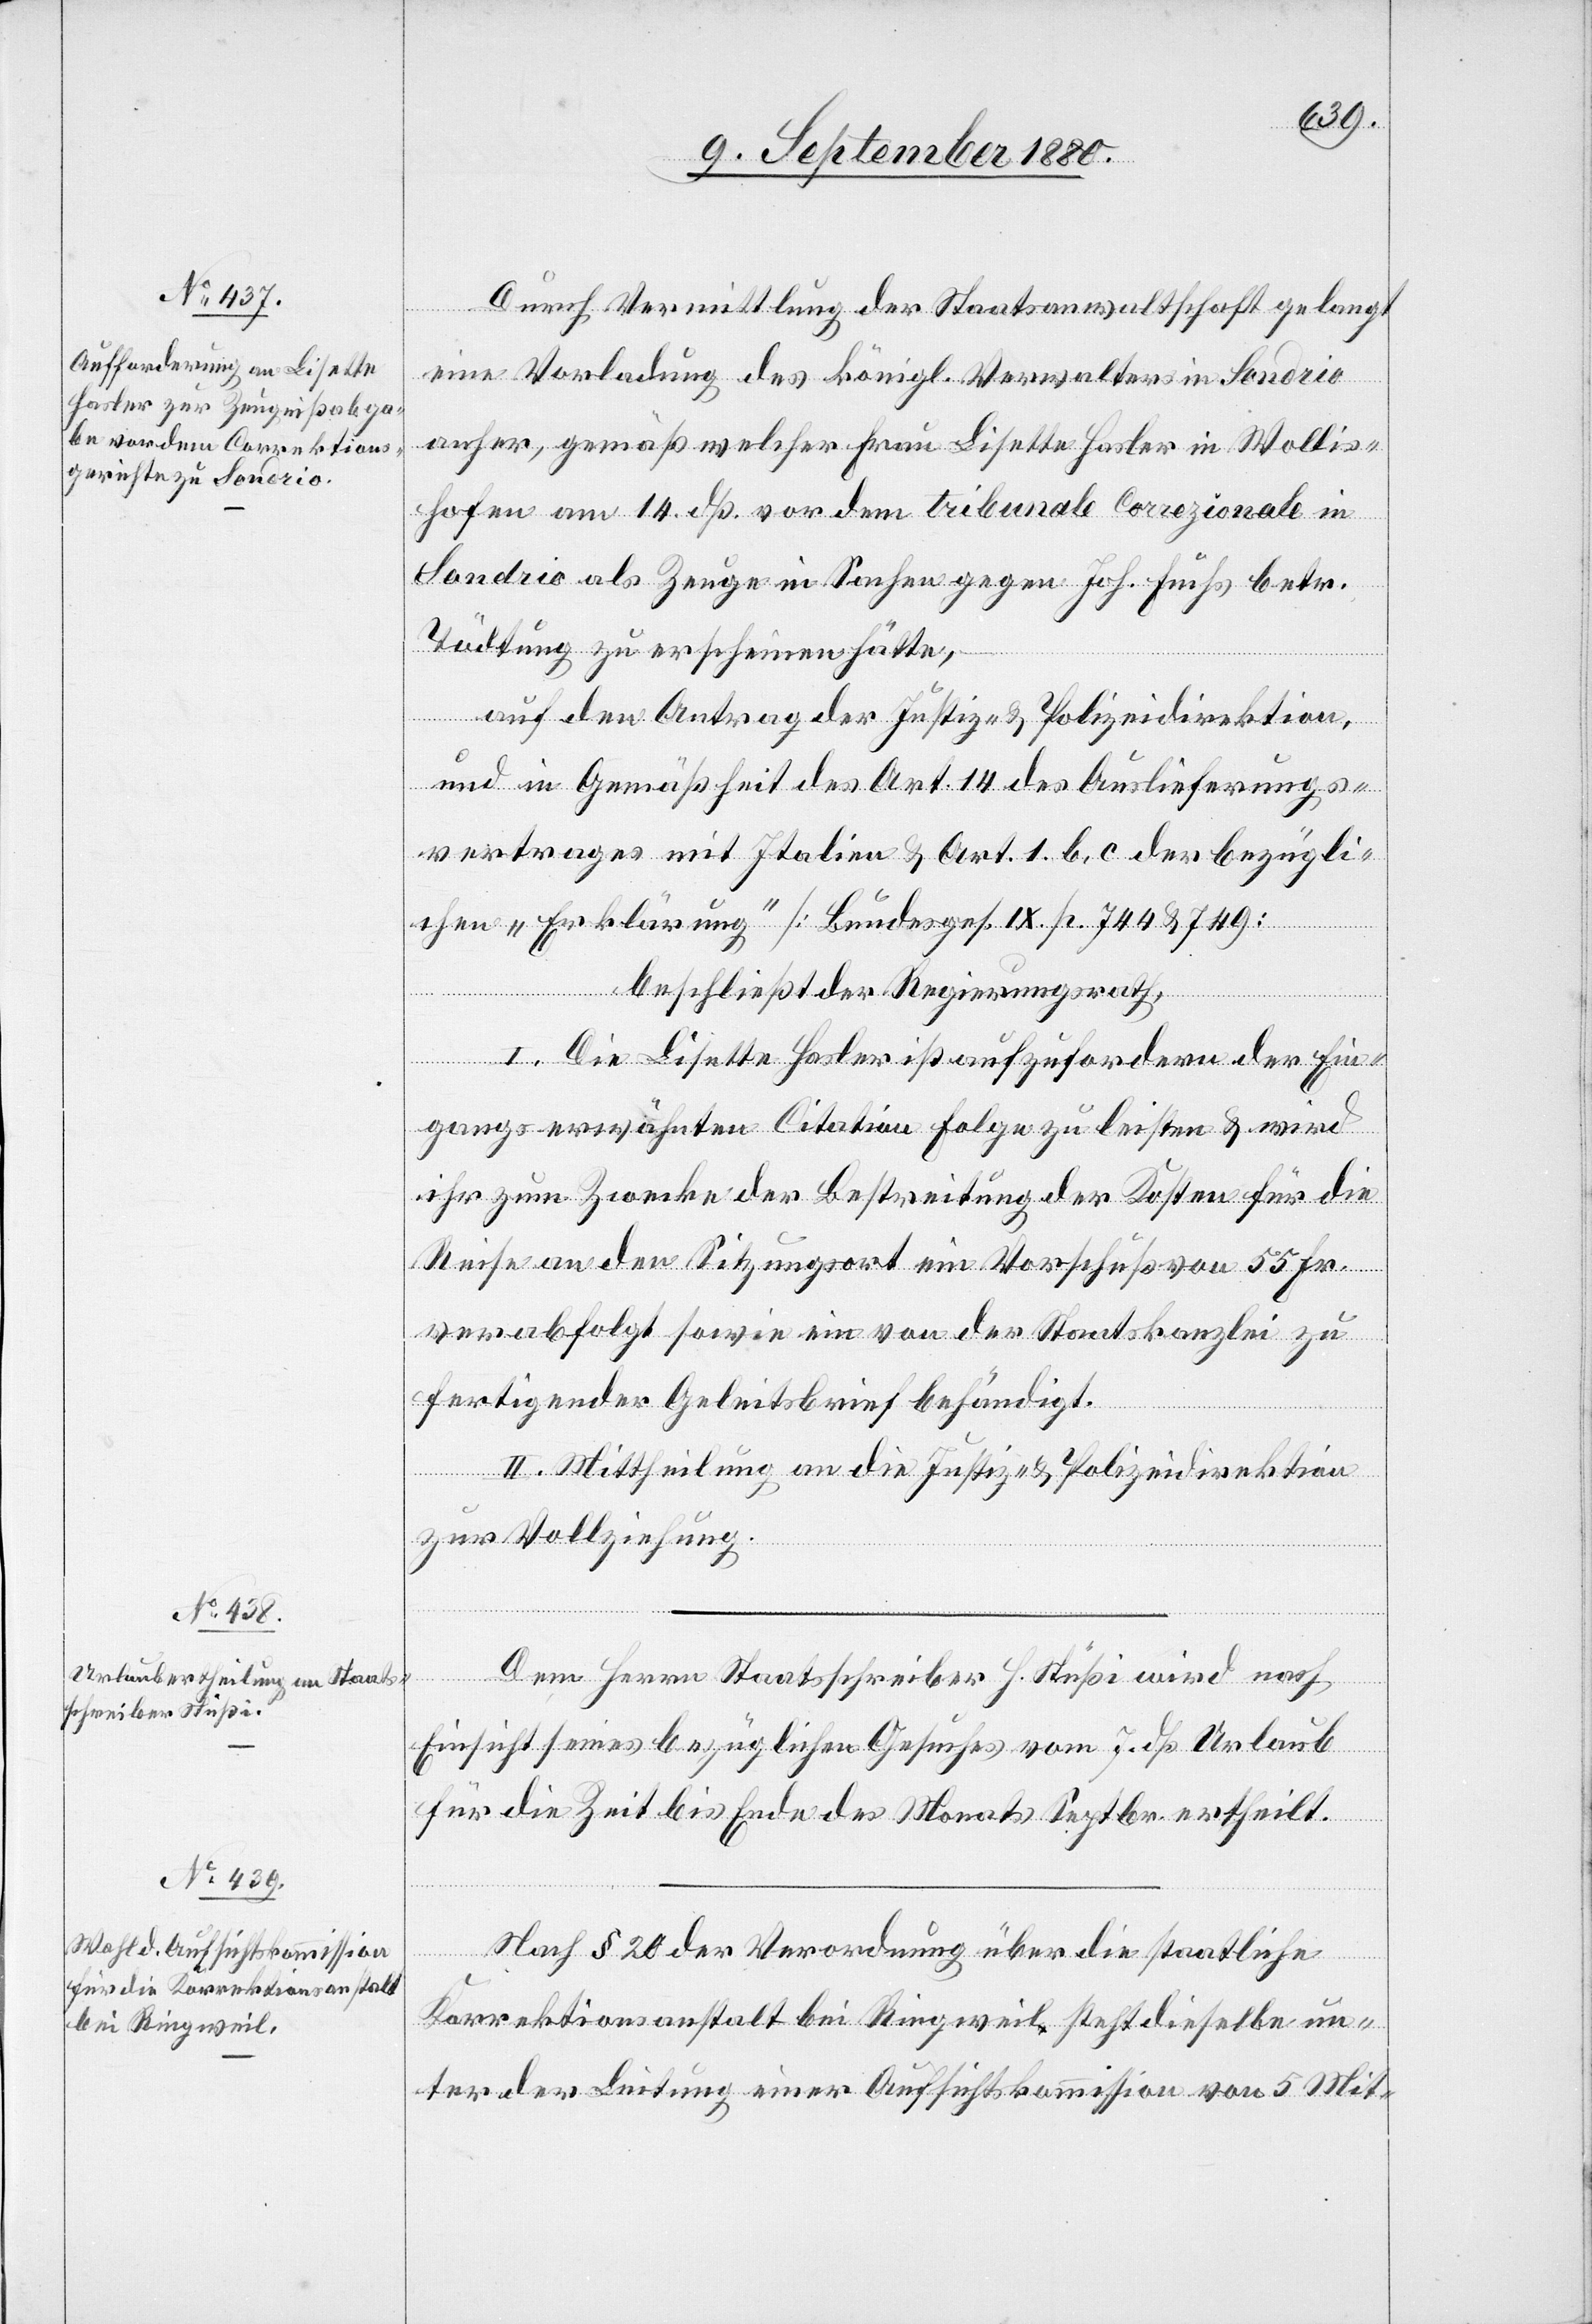
Durch Vermittlung der Staatsanwaltschaft gelangt
eine Vorladung des königl. Verwalters in Sondrio
anher, gemäß welcher Frau Lisette Hasler in Wollis¬
hofen am 14. dß. vor dem tribunale correzionale in
Sondrio als Zeuge in Sachen gegen Joh. Fuchs betr.
Tödtung zu erscheinen hätte,
auf den Antrag der Justiz- & Polizeidirektion,
und in Gemäßheit des Art. 14 des Auslieferungs¬
vertrages mit Italien & Art. 1. b, c der bezügli¬
chen „Erklärung“ [Bundesges. IX p. 744 & 749]
beschließt der Regierungsrath,
I. Die Lisette Hasler ist aufzufordern der Ein¬
gangs erwähnten Citation Folge zu leisten & wird
ihr zum Zwecke der Bestreitung der Kosten für die
Reise an den Sitzungsort ein Vorschuß von 55 Fr.
verabfolgt sowie ein von der Staatskanzlei zu
fertigender Geleitsbrief behändigt.
II. Mittheilung an die Justiz- & Polizeidirektion
zur Vollziehung.
Dem Herrn Staatschreiber H. Stüßi wird nach
Einsicht seines bezüglichen Gesuches vom 7. dß Urlaub
für die Zeit bis Ende des Monats Septbr. ertheilt.
Nach § 20 der Verordnung über die staatliche
Korrektionsanstalt bei Ringweil steht dieselbe un¬
ter der Leitung einer Aufsichtskommission von 5 Mit-